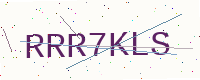
Text: RRR7KLS